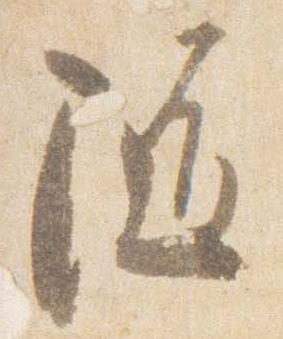
随